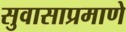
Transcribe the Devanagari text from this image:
सुवासाप्रमाणे